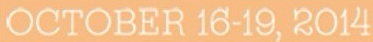
OCTOBER 16-19, 2014